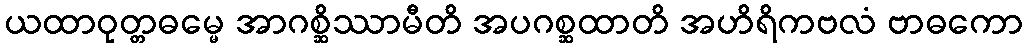
ယထာဝုတ္တဓမ္မေ အာဂစ္ဆိဿာမီတိ အပဂစ္ဆထာတိ အဟိရိကဗလံ ဗာဓကော